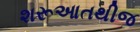
શરૂઆતથીજ